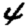
Digit: 4